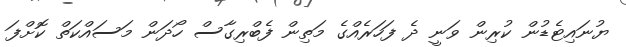
ޔުނައިޓެޑުން ކުރިން ވަނީ ދެ ފަހަރެއްގެ މަތިން ފެބްރިގާސް ހޯދަން މަސައްކަތް ކޮށްފަ